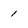
Character: 1